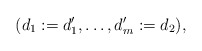
\begin{align*} (d_1:=d_1', \ldots, d_m':=d_2), \end{align*}